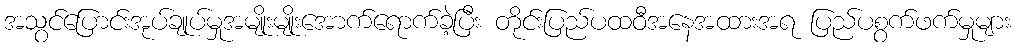
အသွင်ပြောင်းအုပ်ချုပ်မှုအမျိုးမျိုးအောက်ရောက်ခဲ့ပြီး တိုင်းပြည်ပထဝီအနေအထားအရ ပြည်ပစွက်ဖက်မှုများ